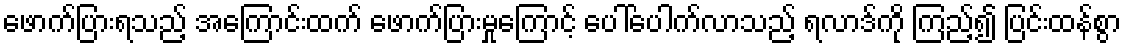
ဖောက်ပြားရသည့် အကြောင်းထက် ဖောက်ပြားမှုကြောင့် ပေါ်ပေါက်လာသည့် ရလာဒ်ကို ကြည့်၍ ပြင်းထန်စွာ